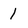
Character: 1